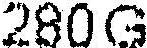
280G